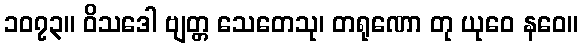
၁၀၇၃။ ဝိသဒေါ ဗျတ္တ သေတေသု၊ တရုဏော တု ယုဝေ နဝေ။